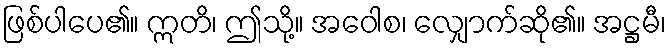
ဖြစ်ပါပေ၏။ ဣတိ၊ ဤသို့။ အဝေါစ၊ လျှောက်ဆို၏။ အဋ္ဌမီ၊